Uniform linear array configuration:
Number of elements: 16
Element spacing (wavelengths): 1
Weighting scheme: binomial
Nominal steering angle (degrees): -45
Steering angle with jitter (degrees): -44.166
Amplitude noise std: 0.05
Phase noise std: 0.05

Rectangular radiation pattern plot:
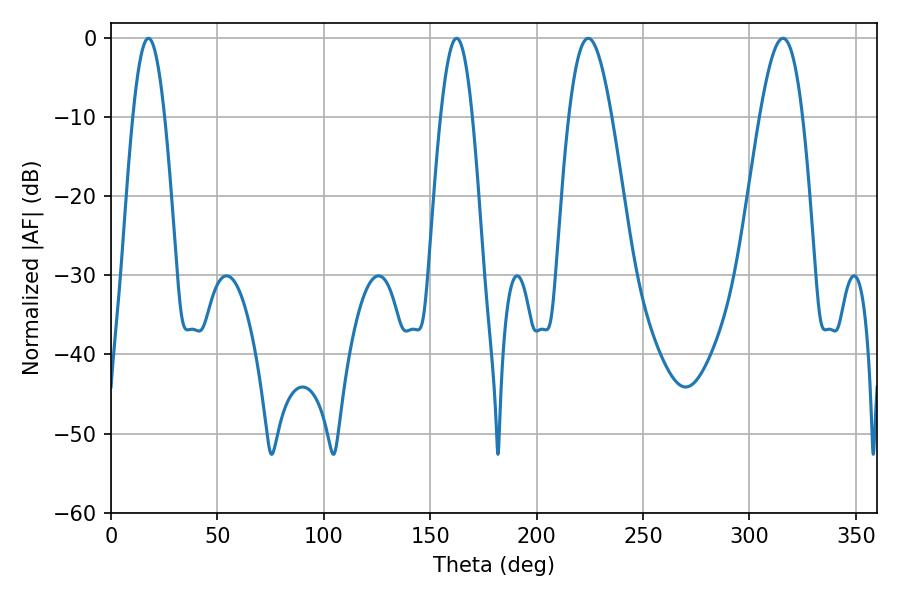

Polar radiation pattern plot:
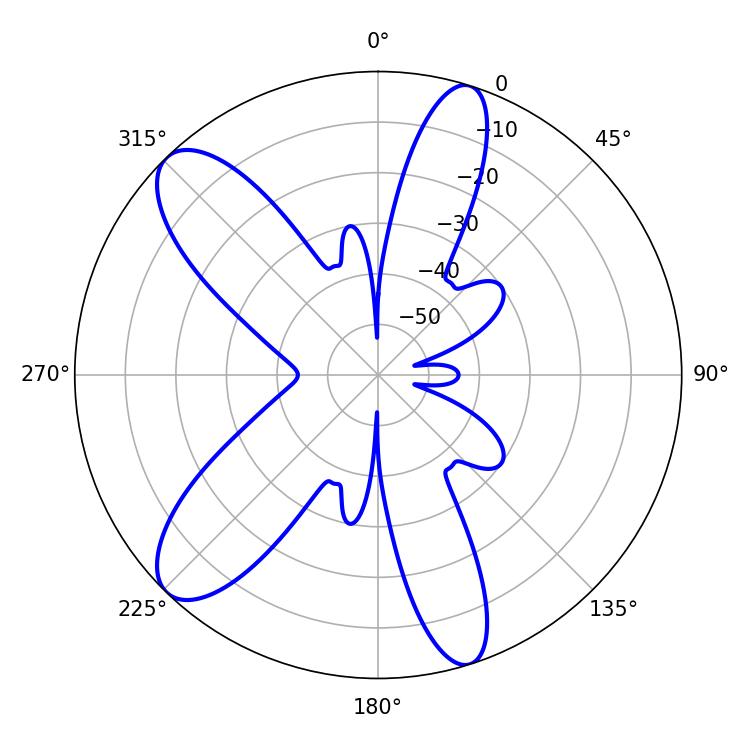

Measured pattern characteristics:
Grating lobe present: TRUE
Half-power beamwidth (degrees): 10.98
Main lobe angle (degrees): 224.28